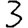
Digit: 3